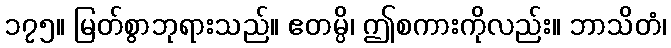
၁၇၅။ မြတ်စွာဘုရားသည်။ ဧတမ္ပိ၊ ဤစကားကိုလည်း။ ဘာသိတံ၊